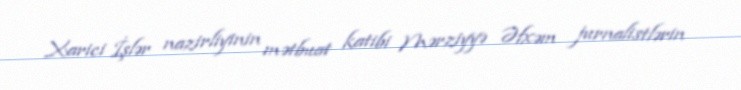
Xarici İşlər nazirliyinin mətbuat katibi Mərziyyə Əfxəm jurnalistlərin